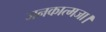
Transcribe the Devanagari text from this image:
जनकात्मजा।